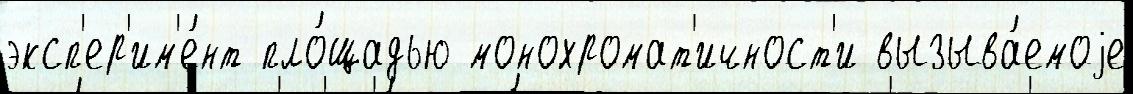
эксп'ер'им'е́нт пло́щадью монохромат'ичност'и вызыва́емоjе